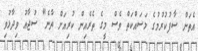
އެތަން ސާފުކުރުމުގެ މަސައްކަތް ވެސް މީގެ ތެރެއިން ކުރިއަށް ދާނެ" ސުޖާއު ވިދާޅުވި